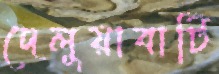
দেলুয়াবাটি